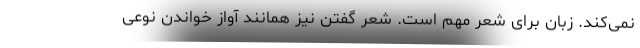
نمی‌کند. زبان برای شعر مهم است. شعر گفتن نیز همانند آواز خواندن نوعی